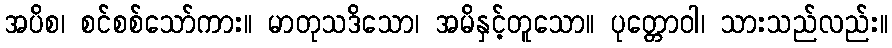
အပိစ၊ စင်စစ်သော်ကား။ မာတုသဒိသော၊ အမိနှင့်တူသော။ ပုတ္တောဝါ၊ သားသည်လည်း။